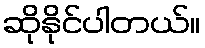
ဆိုနိုင်ပါတယ်။